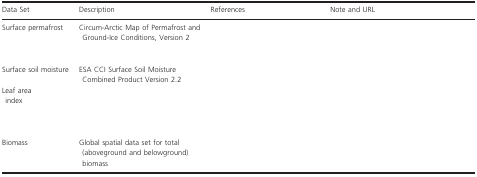
<table><thead><tr><td><b>Data Set</b></td><td><b>Description</b></td><td><b>References</b></td><td><b>Note and URL</b></td></tr></thead><tbody><tr><td>Surface permafrost</td><td>Circum‐Arctic Map of Permafrost and Ground‐Ice Conditions, Version 2</td><td>[EMPTY_CELL]</td><td>[EMPTY_CELL]</td></tr><tr><td>Surface soil moisture</td><td>ESA CCI Surface Soil Moisture Combined Product Version 2.2</td><td>[EMPTY_CELL]</td><td>[EMPTY_CELL]</td></tr><tr><td>Leaf area index</td><td>[EMPTY_CELL]</td><td>[EMPTY_CELL]</td><td>[EMPTY_CELL]</td></tr><tr><td>Biomass</td><td>Global spatial data set for total (aboveground and belowground) biomass</td><td>[EMPTY_CELL]</td><td>[EMPTY_CELL]</td></tr></tbody></table>